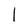
Character: I